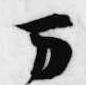
万